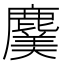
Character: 𮭸